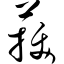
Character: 菝